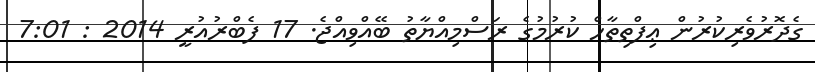
ގެދޮރުވެރިކުރުން ޢިފްތިތާހް ކުރުމުގެ ރަސްމިއްޔާތު ބޭއްވިއްޖެ. 17 ފެބްރުއުރީ 2014 : 7:01